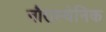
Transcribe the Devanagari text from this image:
नौरास्थेनिक